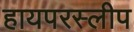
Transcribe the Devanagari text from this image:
हायपरस्लीप